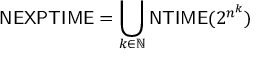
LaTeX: { \mathsf { N E X P T I M E } } = \bigcup _ { k \in \mathbb { N } } { \mathsf { N T I M E } } ( 2 ^ { n ^ { k } } )